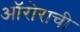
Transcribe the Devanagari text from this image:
ऑरोराची